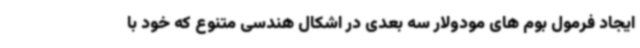
ایجاد فرمول بوم های مودولار سه بعدی در اشکال هندسی متنوع که خود با